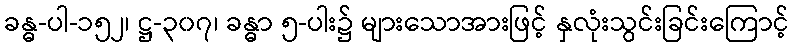
ခန္ဓ-ပါ-၁၅၂၊ ဋ္ဌ-၃၀၇၊ ခန္ဓာ ၅-ပါး၌ များသောအားဖြင့် နှလုံးသွင်းခြင်းကြောင့်